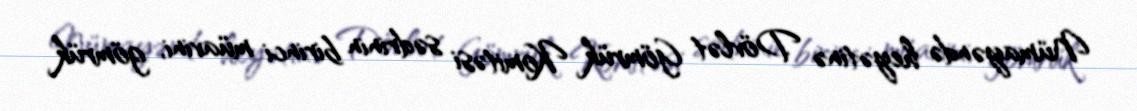
Nümayəndə heyətinə Dövlət Gömrük Komitəsi sədrinin birinci müavini, gömrük